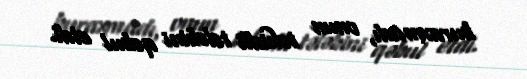
buraxmadı, onun təkidli tələbini qəbul etdi.